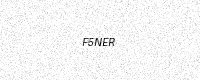
Text: F5NER